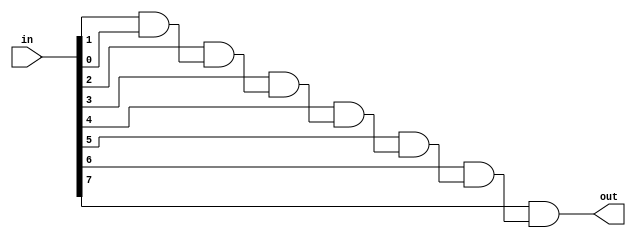
`timescale 1ns / 1ps
//////////////////////////////////////////////////////////////////////////////////
// Company: 
// Engineer: 
// 
// Design Name: 
// Module Name:    gate_and 
// Project Name: 
// Target Devices: 
// Tool versions: 
// Description: 
//
// Dependencies: 
//
// Revision: 
// Revision 0.01 - File Created
// Additional Comments: 
//
//////////////////////////////////////////////////////////////////////////////////
module gate_and #(
        parameter   INPUT_COUNT = 8
    )(
        input [INPUT_COUNT-1:0] in,
        output                  out
    );
    
    wire [INPUT_COUNT:0]    chain;
    assign                  chain[0] = 1'b1;
    
    generate
        genvar  i;
        for(i = 0; i < INPUT_COUNT; i = i + 1)
            assign chain[i + 1] = in[i] & chain[i];
    endgenerate
    
    assign out = chain[INPUT_COUNT];
endmodule